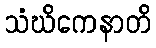
သံဃိကေနာတိ